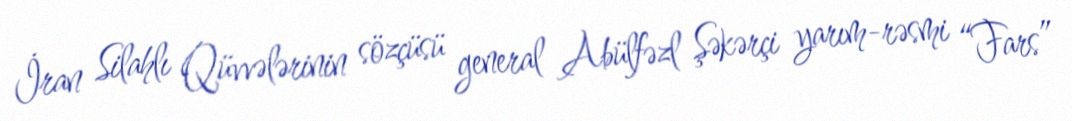
İran Silahlı Qüvvələrinin sözçüsü general Abülfəzl Şəkərçi yarım-rəsmi “Fars”